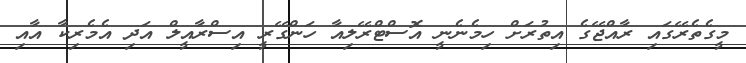
މީގެތެރޭގައި ރާއްޖޭގެ އިތުރަށް ހިމެނެނީ އޮސްޓްރޭލިއާ ހަންގޭރީ އިސްރާއީލް އަދި އެމެރިކާ އާއި